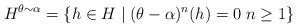
LaTeX: \begin{align*}H^{\theta \sim \alpha} = \{h \in H \mid (\theta - \alpha)^n (h) = 0 \; n \ge 1 \} \end{align*}